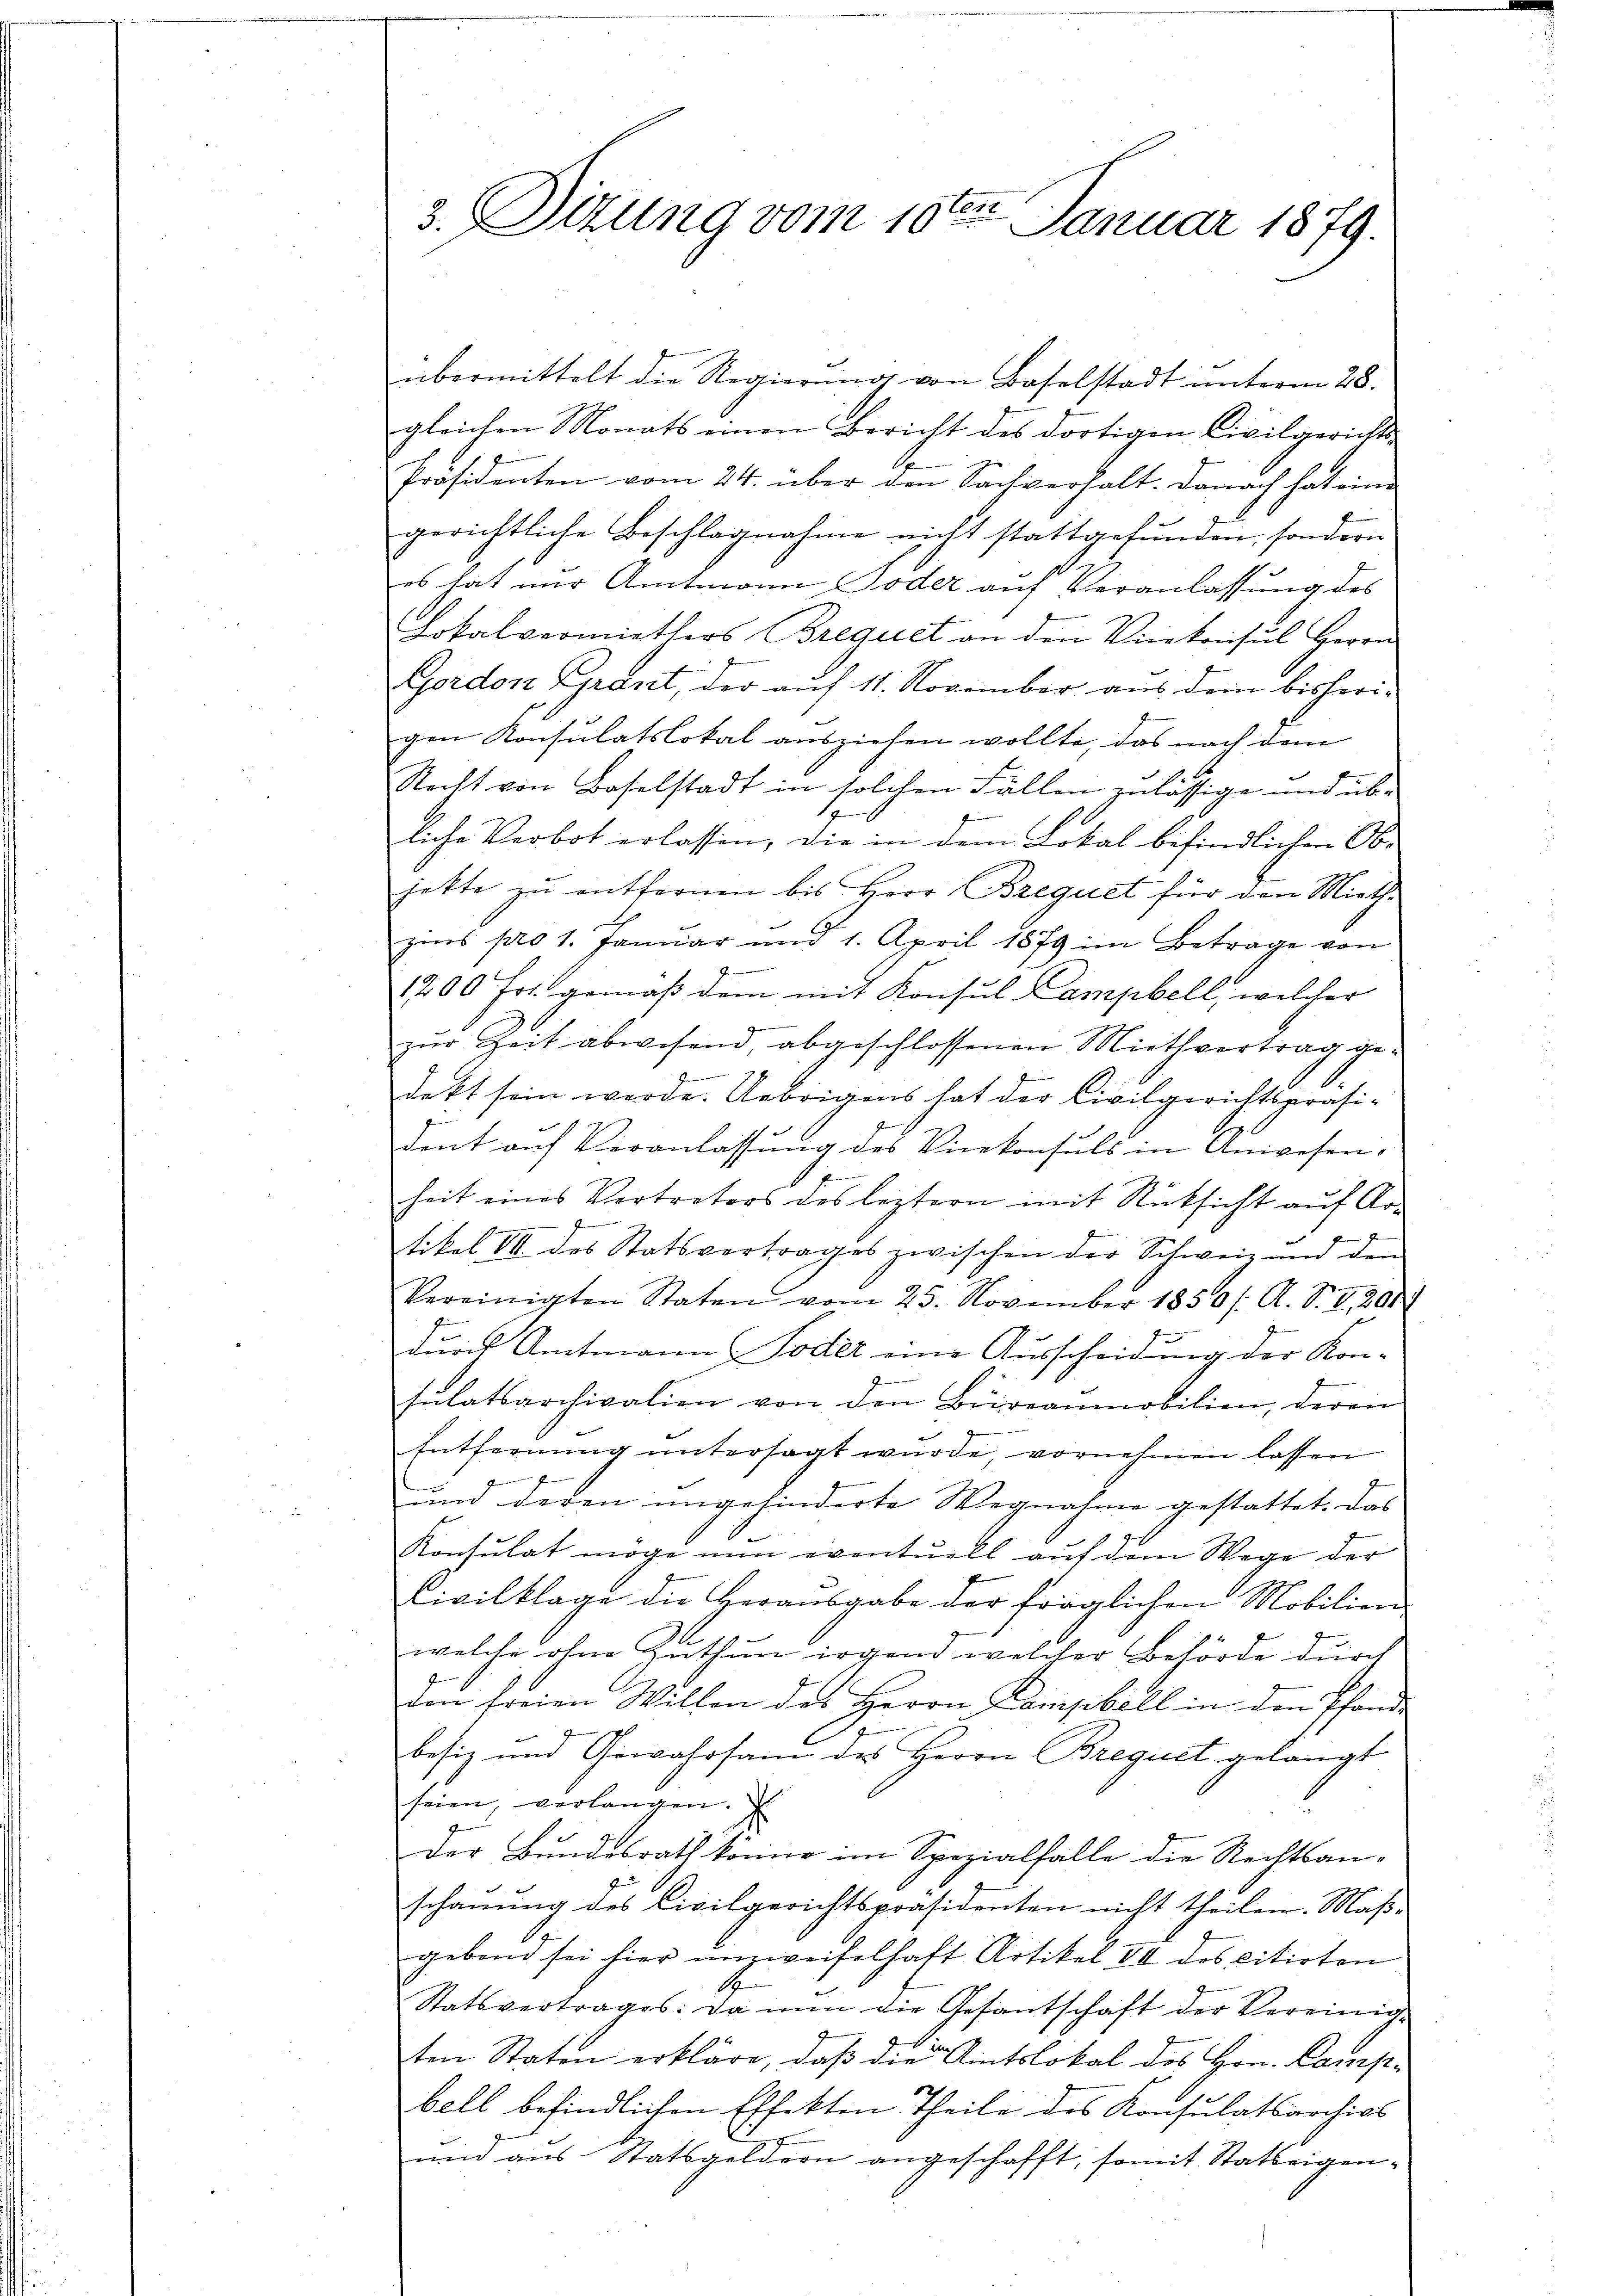
übermittelt die Regierung von Baselstadt unterm 28.
gleichen Monats einen Bericht des dortigen Civilgerichts-
Präsidenten vom 24. über den Sachverhalt. Danach hat eine
gerichtliche Beschlagnahme nicht stattgefunden, sondern
es hat nur Amtmann oder auf Veranlassung des
Lokalvermiethers Brequet an den Vicekonsul Herrn
Gordon Grant, der auf 11. November aus dem bisherigen Konsulatslokal ausziehen wollte, das nach dem
Recht von Baselstadt in solchen Fällen zulässige und übs
liche Verbot erlassen, die in dem Lokal befindlichen Ob-
jette zu entfernen bis Herr Brequet für den Miethe
zins pro 1. Januar und 1. April 1879 im Betrage von
1200 Fr. gemäß dem mit Konsul Campbell, welcher
9
zŭr Zeit abwesen, abgeschlossenen Miethvertrag ge-
dekt sein werde. Uebrigens hat der Civilgerichtspräsi-
e
dent aŭf Veranlassŭng des Vicekonsuls in Anwesen.
1
heit eines Vertreters des leztern mit Rücksicht auf Ar-
e
d
tikel VII. des Statsvertrages zwischen der Schweiz und den
e
Vereinigten Staten vom 25. November 1850/. A. S. 8, 200
1
dnoch Amtmann Poder eine Ausscheidung der Kon-
J
sŭlatsarchivalien von den Büreaumobilien, deren
Entfernung untersagt wurde, vornehmen lassen
G
und deren ungehinderte Wegnahme gestattet. Das
Konsulat möge nun eventuell auf dem Wege der
Civilklage die Herausgabe der fraglichen Mobilien-
welche ohne Zuthun irgend welcher Behörde durch
den freien Willen des Herrn Compbill in den Pfand-
besiz und Gewahrsam des Herrn Brequet gelangt
seien verlangen.
der Bundesrath könne im Spezialfalle die Rechtsan-
schauung des Civilgerichtspräsidenten nicht theilen. Maß-
gebend sei hier unzweifelhaft Artikel VII des citirten
S
Statsvertrages: Da nun die Gesantschaft der Vereinig-
ten Staten erkläre, daβ die Amtslokal des Hrn. Camis-
belb befindlichen Effekten Theile des Konsulatsarchivs
und aus Statsgeldern angeschafft, somit Statteigen-

3. Sizung vom 10ten Januar 1879.